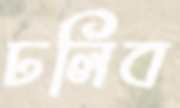
ঢলিব